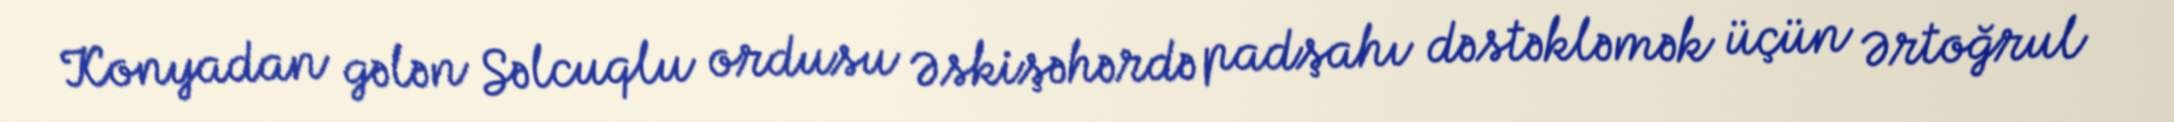
Konyadan gələn Səlcuqlu ordusu Əskişəhərdə padşahı dəstəkləmək üçün Ərtoğrul